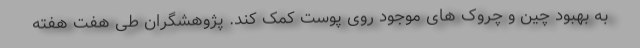
به بهبود چین و چروک های موجود روی پوست کمک کند. پژوهشگران طی هفت هفته